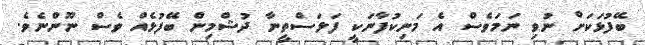
ބޭފުޅަކަށް ނުވި ނަމަވެސް އެ މަނިކުފާނަކީ ފަލަސްތީނާ ދުޝްމިން ބޭފުޅެއް ވެސް ނޫންނެވެ.